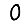
Digit: 0